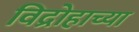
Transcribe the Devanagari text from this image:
विद्रोहाच्या